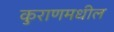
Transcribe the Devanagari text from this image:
कुराणमधील